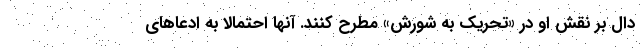
دال بر نقش او در «تحریک به شورش» مطرح کنند. آنها احتمالا به ادعاهای